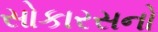
સોકારસનો